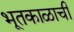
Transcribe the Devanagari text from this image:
भूतकाळाची